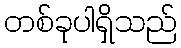
တစ်ခုပါရှိသည်